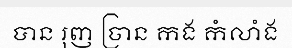
បាន រុញ ច្រាន កង កំលាំង